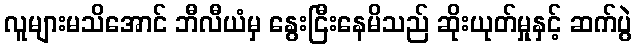
လူများမသိအောင် ဘီလီယံမှ နွေးငြီးနေမိသည် ဆိုးယုတ်မှုနှင့် ဆက်ပွဲ